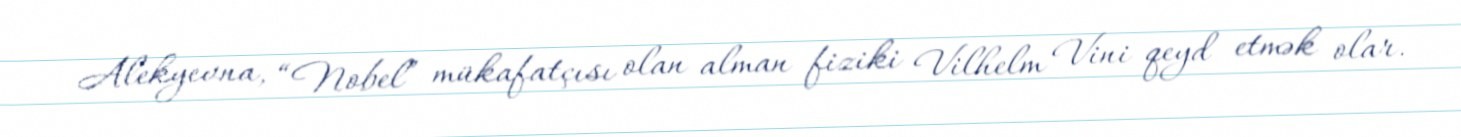
Alekyevna, “Nobel” mükafatçısı olan alman fiziki Vilhelm Vini qeyd etmək olar.